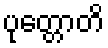
ပုတ္တောတိ